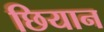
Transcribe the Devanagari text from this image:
छियान